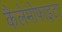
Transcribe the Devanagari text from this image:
कैलेमोफाइटा